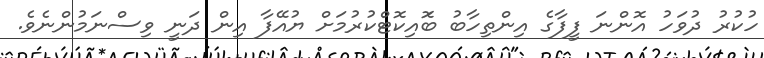
ހުކުރު ދުވަހު އޮންނަ ފީފާގެ އިންތިހާބު ބޮައިކޮޓްކުރުމަށް ޔުއޭފާ އިން ދަނީ ވިސްނަމުންނެވެ.